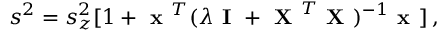
s ^ { 2 } = s _ { z } ^ { 2 } [ 1 + \textbf { x } ^ { T } ( \lambda \textbf { I } + \textbf { X } ^ { T } \textbf { X } ) ^ { - 1 } \textbf { x } ] \: ,